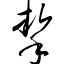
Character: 挈